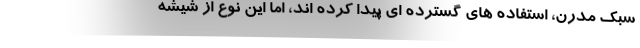
سبک مدرن، استفاده های گسترده ای پیدا کرده اند، اما این نوع از شیشه